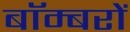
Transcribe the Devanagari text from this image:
बाॅम्बरों